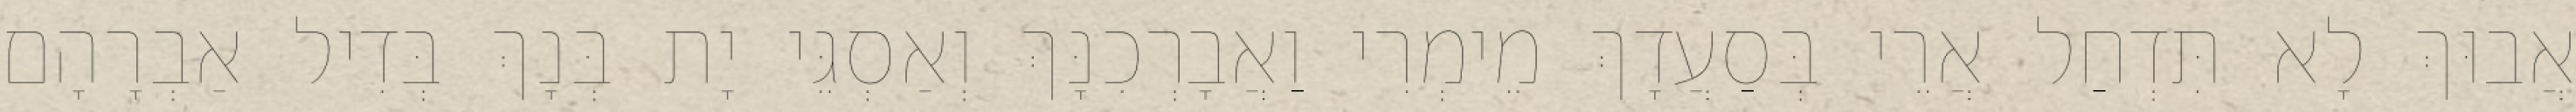
אֲבוּךְ לָא תִּדְחַל אֲרֵי בְּסַעֲדָךְ מֵימְרִי וַאֲבָרְכִנָּךְ וְאַסְגֵּי יָת בְּנָךְ בְּדִיל אַבְרָהָם